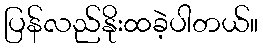
ပြန်လည်နိုးထခဲ့ပါတယ်။